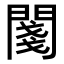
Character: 𨵊